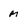
Character: m